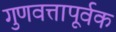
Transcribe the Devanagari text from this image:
गुणवत्तापूर्वक